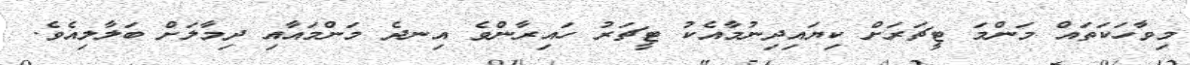
މިވާހަކަތައް މަންމަ ޓީޗަރަށް ކިޔައިދިނުމާއެކު ޓީޗަރު ހައިރާންވެ އިނދެ މަންމައާއި ދިމާލަށް ބަލާލިއެވެ.